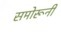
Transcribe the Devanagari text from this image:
समोरूनी